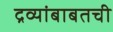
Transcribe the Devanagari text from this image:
द्रव्यांबाबतची